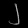
Digit: ၂